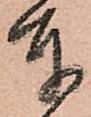
奉